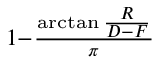
\scriptstyle 1 - { \frac { \arctan { \frac { R } { D - F } } } { \pi } }